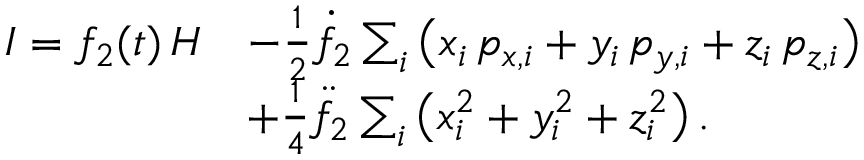
\begin{array} { r l } { I = f _ { 2 } ( t ) \, H } & { - { \textstyle \frac { 1 } { 2 } } \dot { f } _ { 2 } \sum _ { i } \big ( x _ { i } \, p _ { x , i } + y _ { i } \, p _ { y , i } + z _ { i } \, p _ { z , i } \big ) } \\ & { + { \textstyle \frac { 1 } { 4 } } \ddot { f } _ { 2 } \sum _ { i } \big ( x _ { i } ^ { 2 } + y _ { i } ^ { 2 } + z _ { i } ^ { 2 } \big ) \, . } \end{array}